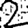
Digit: 2